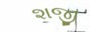
શજી